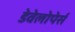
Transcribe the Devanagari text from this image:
डेवेलोपेर्स